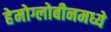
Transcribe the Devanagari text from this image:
हेमोग्लोबीनमध्ये